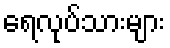
ရေလုပ်သားများ